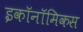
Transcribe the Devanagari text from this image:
इकॉनॉमिकस